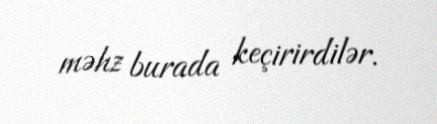
məhz burada keçirirdilər.